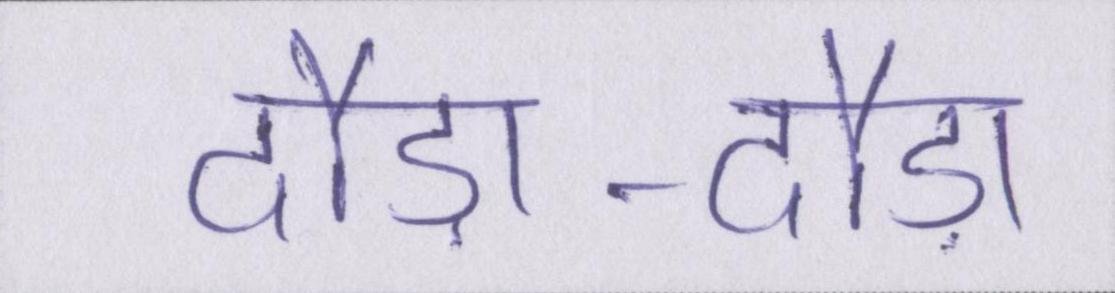
दौड़ा-दौड़ा